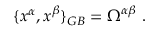
{ \{ x ^ { \alpha } , x ^ { \beta } \} } _ { G B } = \Omega ^ { \alpha \beta } \; .